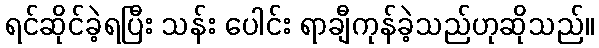
ရင်ဆိုင်ခဲ့ရပြီး သန်း ပေါင်း ရာချီကုန်ခဲ့သည်ဟုဆိုသည်။